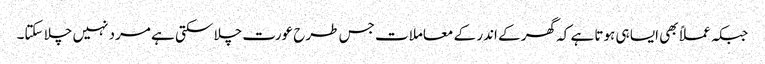
جبکہ عملاً بھی ایسا ہی ہوتا ہے کہ گھر کے اندر کے معاملات جس طرح عورت چلا سکتی ہے مرد نہیں چلا سکتا۔